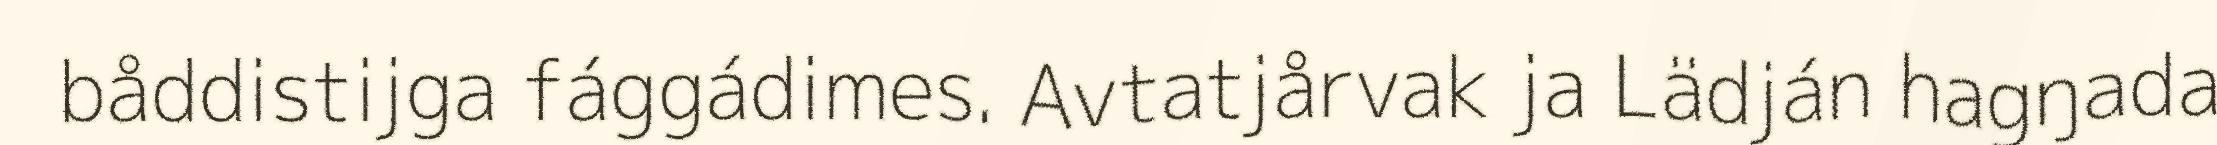
båddistijga fággádimes. Avtatjårvak ja Lädján hagŋada